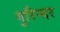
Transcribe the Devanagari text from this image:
गुरिन्दर